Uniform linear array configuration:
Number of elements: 48
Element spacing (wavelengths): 0.25
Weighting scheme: hann
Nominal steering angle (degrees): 60
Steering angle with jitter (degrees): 58.924
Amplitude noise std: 0.05
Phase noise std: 0.05

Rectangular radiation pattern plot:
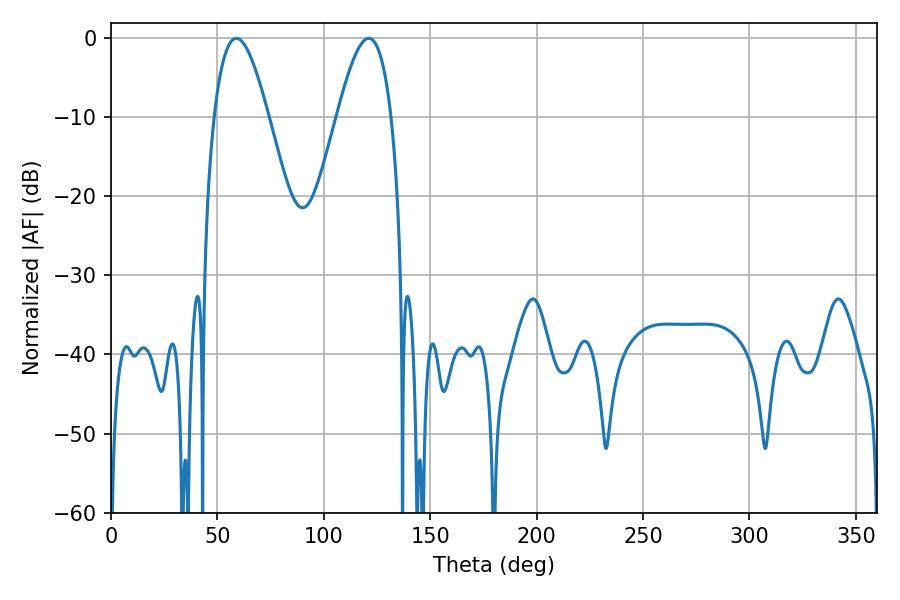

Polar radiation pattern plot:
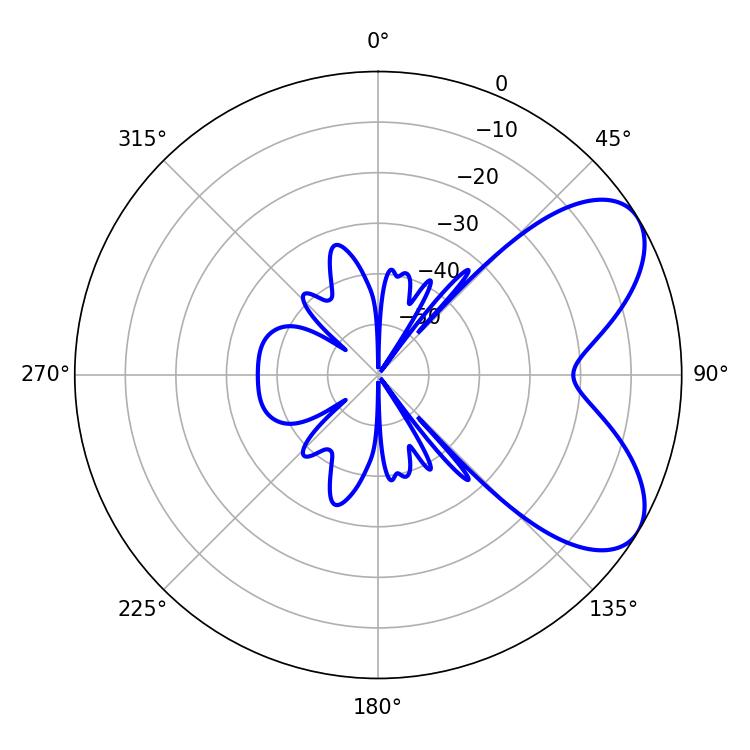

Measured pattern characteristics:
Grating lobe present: FALSE
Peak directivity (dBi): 6.426
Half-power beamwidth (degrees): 13.68
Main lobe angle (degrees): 58.86